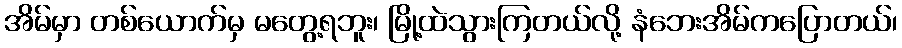
အိမ်မှာ တစ်ယောက်မှ မတွေ့ရဘူး၊ မြို့ထဲသွားကြတယ်လို့ နံဘေးအိမ်ကပြောတယ်၊